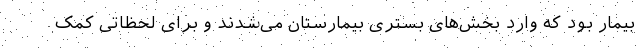
بیمار بود که وارد بخش‌های بستری بیمارستان می‌شدند و برای لحظاتی کمک